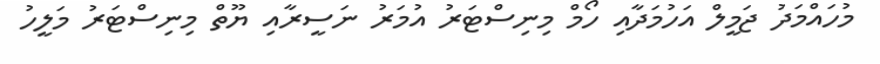
މުހައްމަދު ޖަމީލް އަހުމަދާއި ހޯމް މިނިސްޓަރު އުމަރު ނަސީރާއި ޔޫތް މިނިސްޓަރު މަލީހު